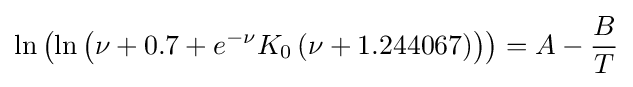
\ln \left({\ln \left({\nu +0.7+e^{-\nu }K_{0}\left({\nu +1.244067}\right)}\right)}\right)=A-{B \over T}